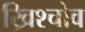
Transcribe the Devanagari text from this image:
ख्रिश्चोव